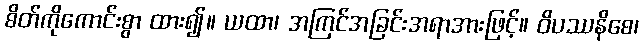
စိတ်ကိုကောင်းစွာ ထား၍။ ယထာ၊ အကြင်အခြင်းအရာအားဖြင့်။ ဝိပဿနိစေ၊